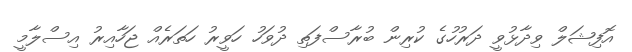
އޮފިޝަލް ވިދާޅުވީ ދަރުހުގެ ކުރިން ބުރާސްފަތި ދުވަހު ހަވީރު ހަތަރެއް ޖަހާއިރު އިސްލާމީ